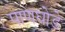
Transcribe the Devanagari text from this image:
पाणघोडे